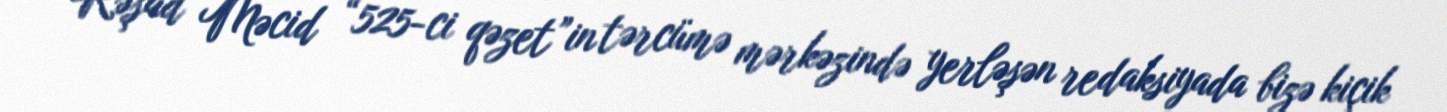
Rəşad Məcid “525-ci qəzet”in tərcümə mərkəzində yerləşən redaksiyada bizə kiçik